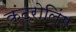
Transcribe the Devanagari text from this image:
कंट्रोलिंग